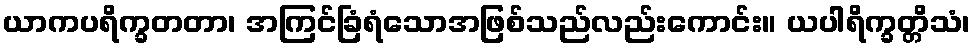
ယာကပရိက္ခတတာ၊ အကြင်ခြံရံသောအဖြစ်သည်လည်းကောင်း။ ယပါရိက္ခတ္တိသံ၊